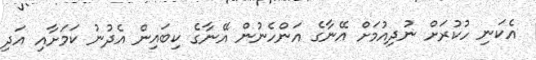
އެކަނި ހުކުރަށް ނުދިއުމަށް އޭނާގެ އަންހެނުން އޭނާގެ ކިބައިން އެދުނު ކަމަށާއި އަދި